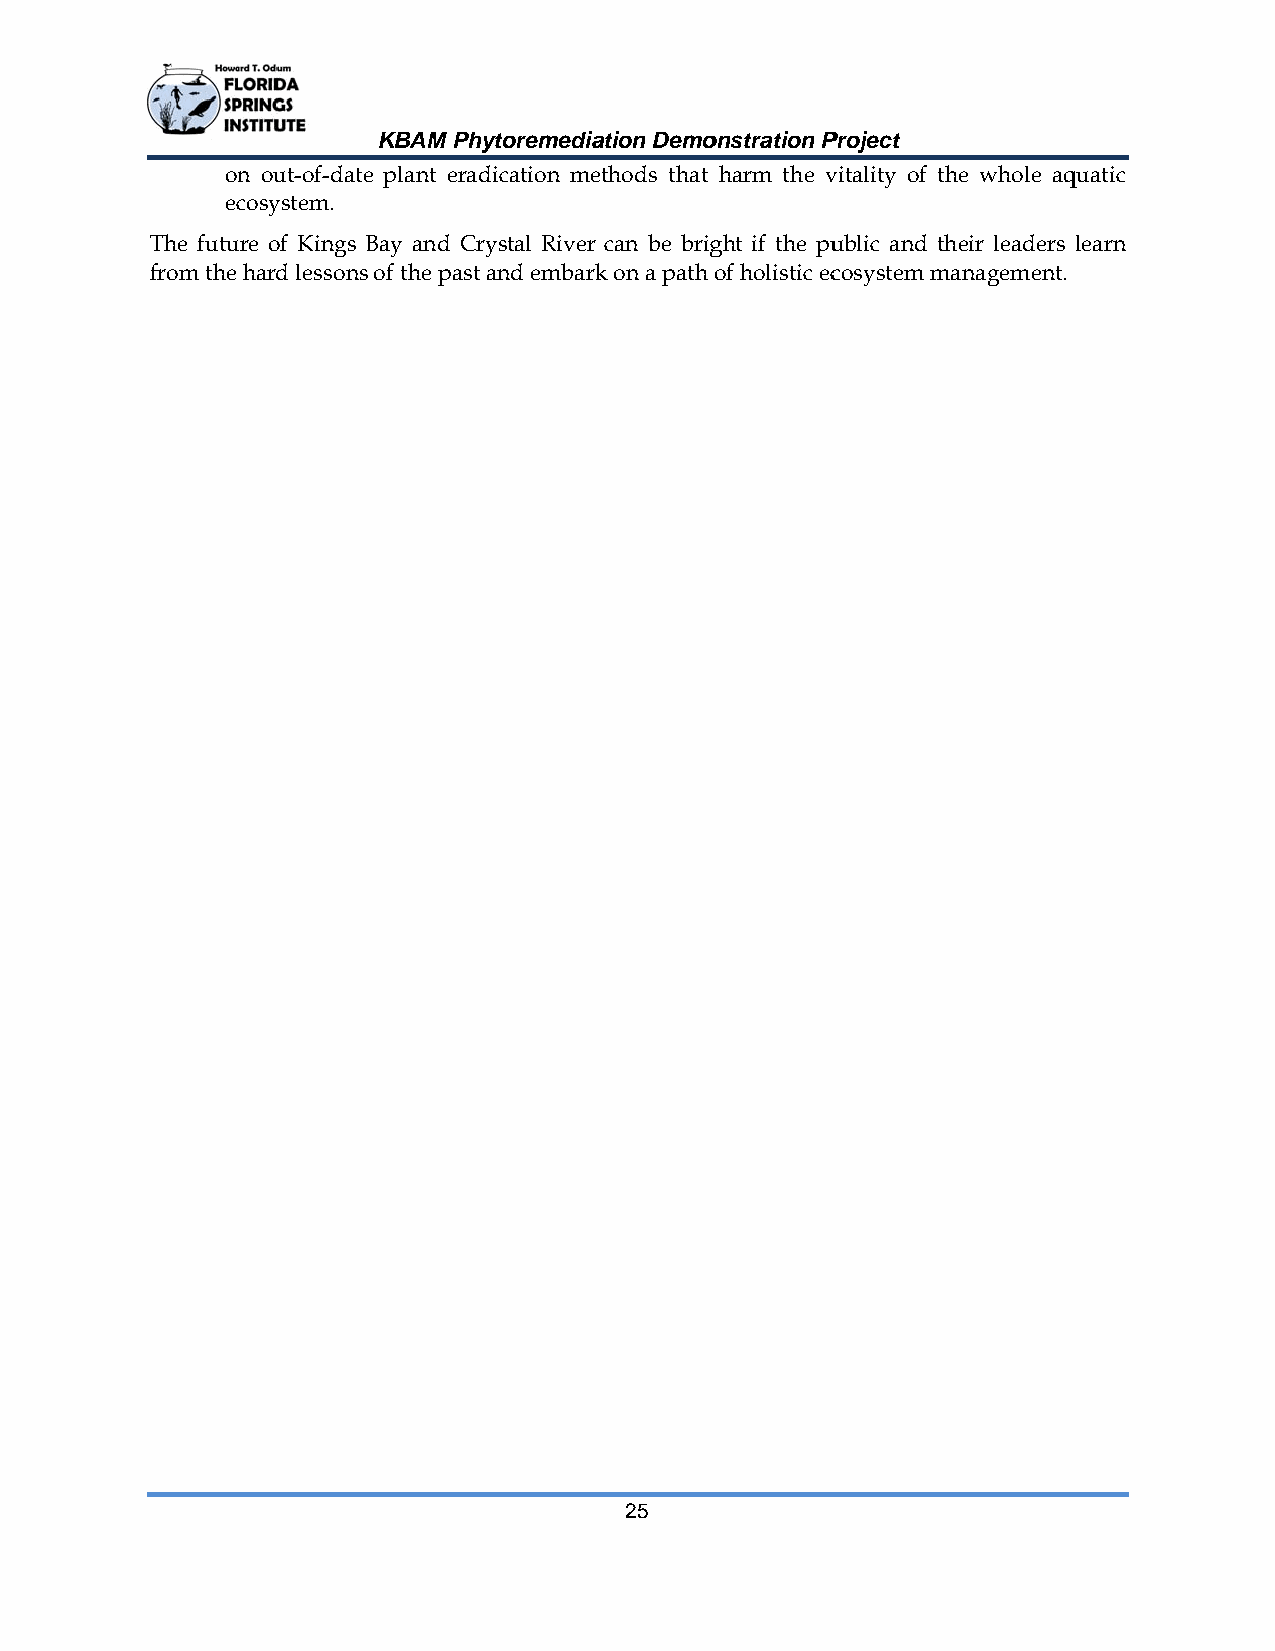
KBAM Phhytoremediaation Demoonstration PProject
 onn out-of-datte plant eraadication meethods that harm the vvitality of thhe whole aqquatic
 eccosystem.
 The futuure of Kings Bay and Crrystal Riverr can be brigght if the puublic and thheir leaders learn
 from the hard lessonns of the pastt and embarkk on a path oof holistic eccosystem maanagement.
 25